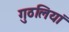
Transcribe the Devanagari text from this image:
गुठलियां